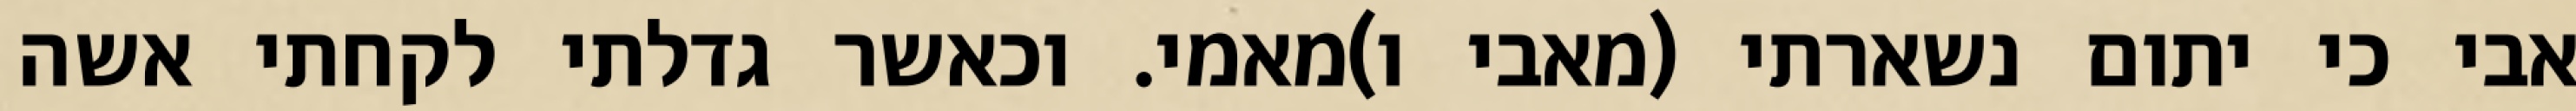
אבי כי יתום נשארתי (מאבי ו)מאמי. וכאשר גדלתי לקחתי אשה